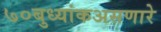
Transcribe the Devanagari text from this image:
७०बुध्यांकअसणारे